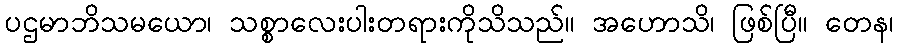
ပဌမာဘိသမယော၊ သစ္စာလေးပါးတရားကိုသိသည်။ အဟောသိ၊ ဖြစ်ပြီ။ တေန၊